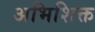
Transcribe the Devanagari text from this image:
अभिशिक्त